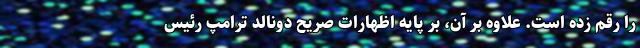
را رقم زده است. علاوه بر آن، بر پایه اظهارات صریح دونالد ترامپ رئیس